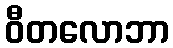
ဝီတလောဘာ